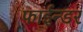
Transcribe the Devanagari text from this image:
फाईन्डर